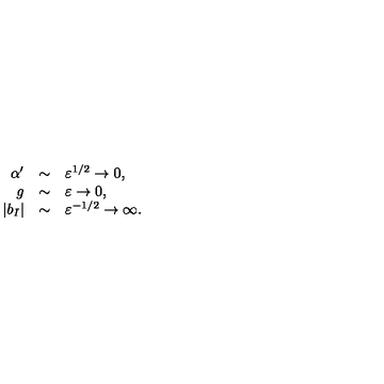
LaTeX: \begin{array} { r c l } { \alpha ^ { \prime } } & { \sim } & { \varepsilon ^ { 1 / 2 } \to 0 , } \\ { g } & { \sim } & { \varepsilon \to 0 , } \\ { | b _ { I } | } & { \sim } & { \varepsilon ^ { - 1 / 2 } \to \infty . } \\ \end{array}